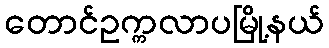
တောင်ဥက္ကလာပမြို့နယ်